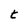
Character: t